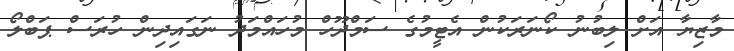
މާޒިޔާ އަށް ލިބުނު ކޯނަރަކުން އެޓީމުގެ ސަމްދޫހް މުހައްމަދު ނަގައިދިން ހުރަސް ޕަބްލޯ